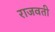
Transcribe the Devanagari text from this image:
राजवती